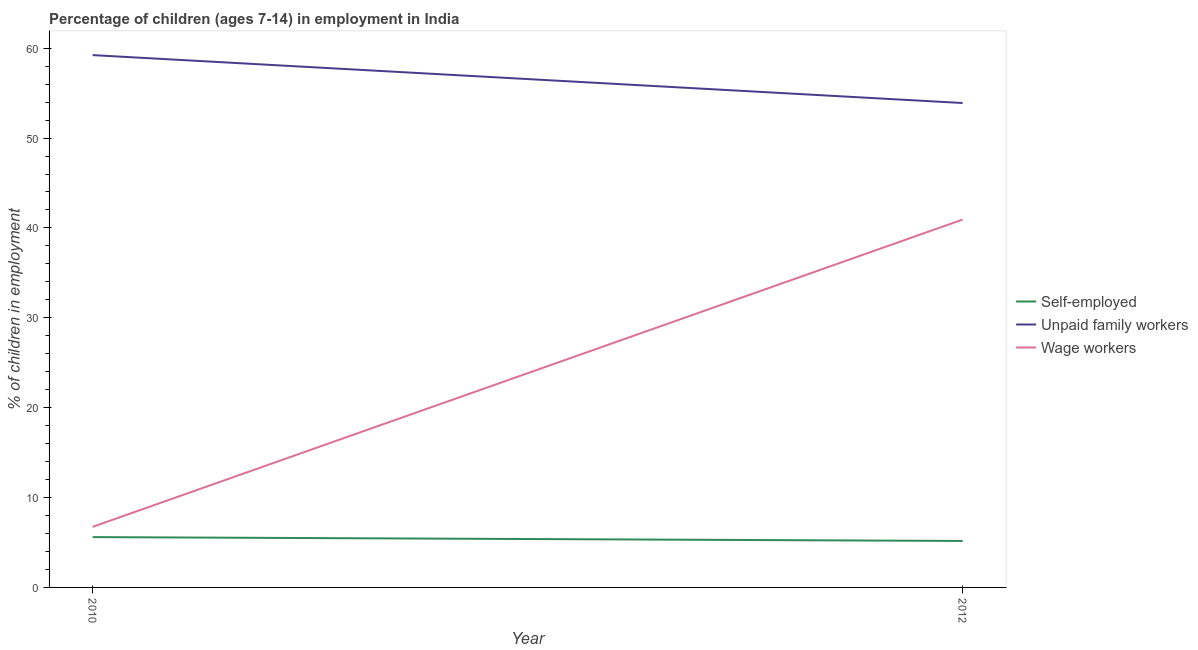
| Year | Self-employed | Unpaid family workers | Wage workers |
 | --- | --- | --- | --- |
 | 2010 | 5.6 | 59.2 | 6.74 |
 | 2012 | 5.17 | 53.9 | 40.9 |